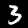
Label: 3